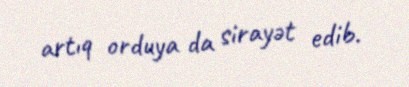
artıq orduya da sirayət edib.